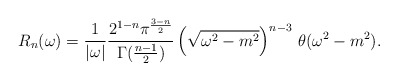
\begin{align*}R_n(\omega)=\frac{1}{|\omega|} \frac{2^{1-n}\pi^{\frac{3-n}{2}}}{\Gamma(\frac{n-1}{2})} \left(\sqrt{\omega^2-m^2} \right)^{n-3}\,\theta(\omega^2-m^2).\end{align*}